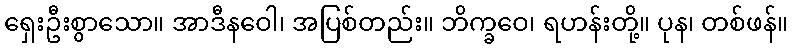
ရှေးဦးစွာသော။ အာဒီနဝေါ၊ အပြစ်တည်း။ ဘိက္ခဝေ၊ ရဟန်းတို့။ ပုန၊ တစ်ဖန်။